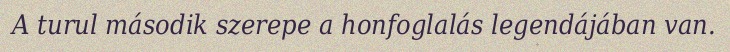
A turul második szerepe a honfoglalás legendájában van.